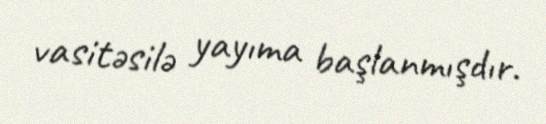
vasitəsilə yayıma başlanmışdır.